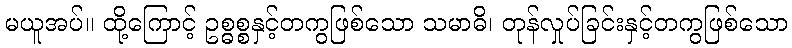
မယူအပ်။ ထို့ကြောင့် ဥစ္ဓစ္စနှင့်တကွဖြစ်သော သမာဓိ၊ တုန်လှုပ်ခြင်းနှင့်တကွဖြစ်သော